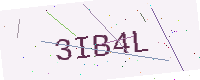
Text: 3IB4L